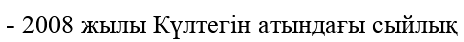
- 2008 жылы Күлтегін атындағы сыйлық